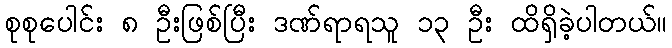
စုစုပေါင်း ၈ ဦးဖြစ်ပြီး ဒဏ်ရာရသူ ၁၃ ဦး ထိရှိခဲ့ပါတယ်။